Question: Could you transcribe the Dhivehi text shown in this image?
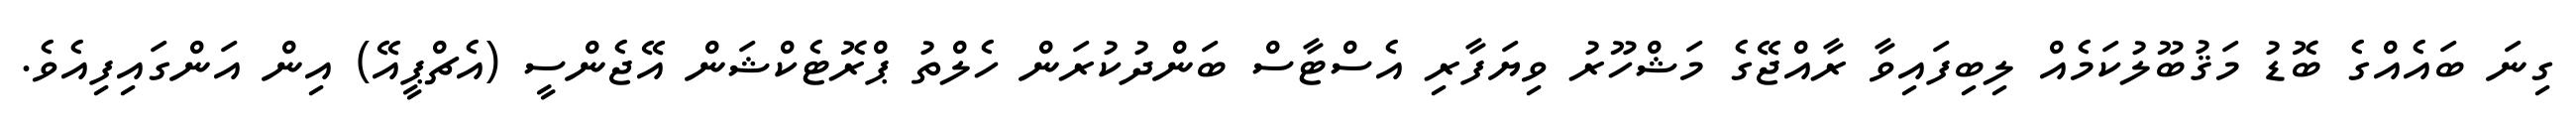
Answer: ގިނަ ބައެއްގެ ބޮޑު މަޤުބޫލުކަމެއް ލިބިފައިވާ ރާއްޖޭގެ މަޝްހޫރު ވިޔަފާރި އެސްޓާސް ބަންދުކުރަން ހެލްތު ޕްރޮޓެކްޝަން އޭޖެންސީ (އެޗްޕީއޭ) އިން އަންގައިފިއެވެ.